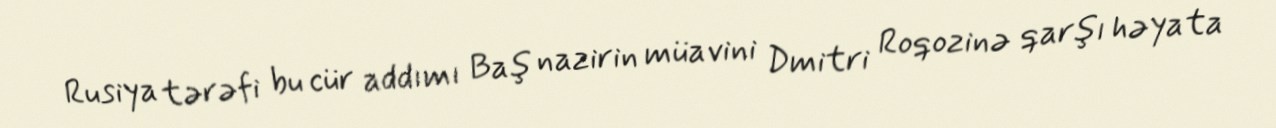
Rusiya tərəfi bu cür addımı Baş nazirin müavini Dmitri Roqozinə qarşı həyata